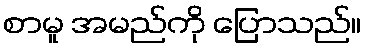
စာမူ အမည်ကို ပြောသည်။